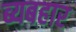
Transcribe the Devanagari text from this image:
ब्यबहार